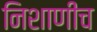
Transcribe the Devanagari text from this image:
निशाणीच